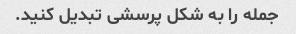
جمله را به شکل پرسشی تبدیل کنید.